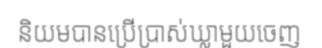
និយមបានប្រើប្រាស់ឃ្លាមួយចេញ